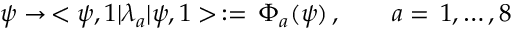
\psi \rightarrow \, < \psi , 1 | \lambda _ { a } | \psi , 1 > \, : = \, \Phi _ { a } ( \psi ) \, , \quad \quad a = \, 1 , \ldots , 8